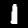
Label: 1